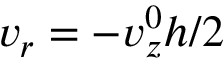
v _ { r } = - v _ { z } ^ { 0 } h / 2